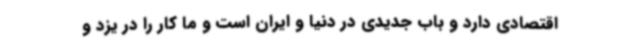
اقتصادی دارد و باب جدیدی در دنیا و ایران است و ما کار را در یزد و